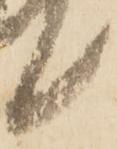
候